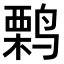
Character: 𫛽